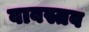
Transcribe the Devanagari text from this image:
वावस्तव